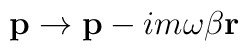
{\bf p}\rightarrow {\bf p}-im\omega \beta {\bf r}